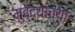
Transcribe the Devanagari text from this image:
मुद्द्याच्‍या